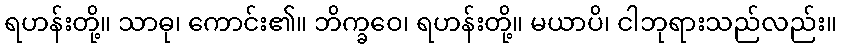
ရဟန်းတို့။ သာဓု၊ ကောင်း၏။ ဘိက္ခဝေ၊ ရဟန်းတို့။ မယာပိ၊ ငါဘုရားသည်လည်း။